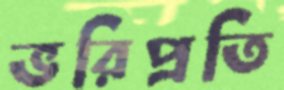
ভরিপ্রতি